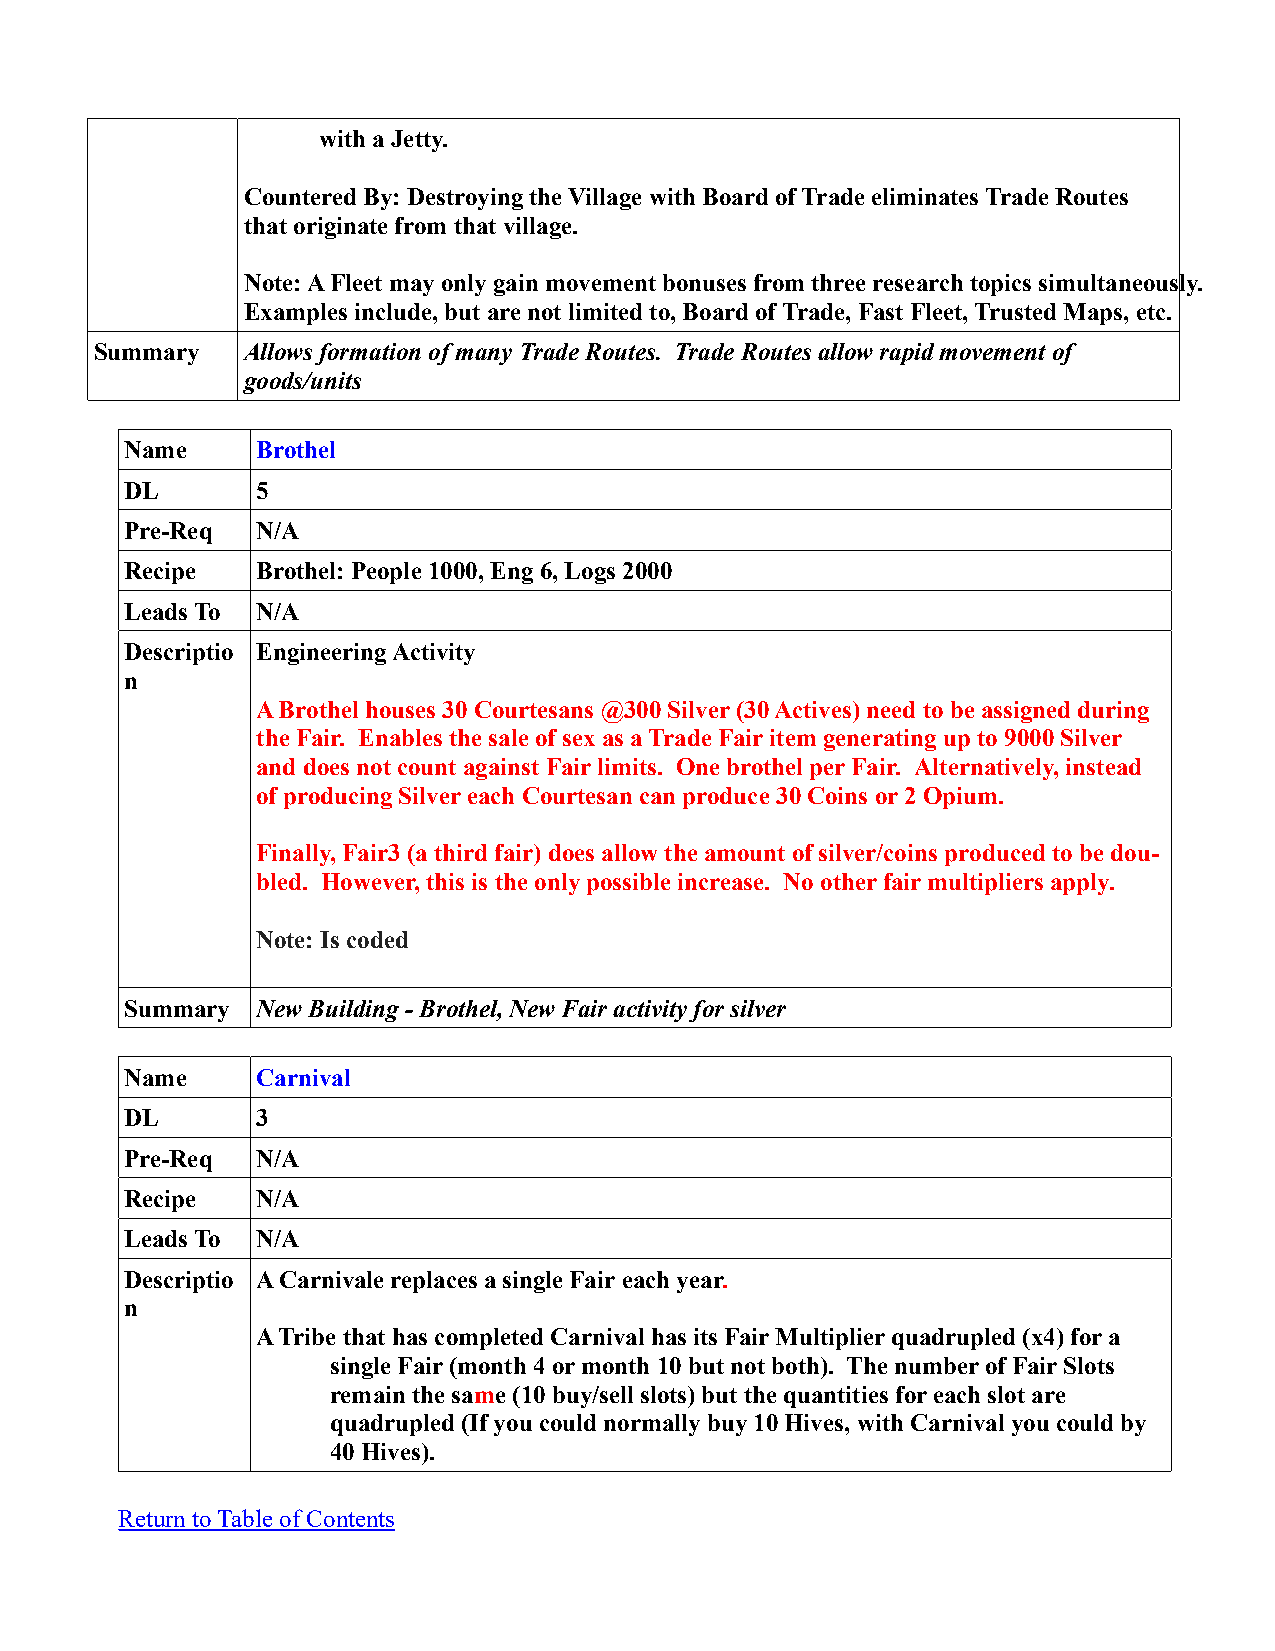
with a Jetty.
 Countered By: Destroying the Village with Board of Trade eliminates Trade Routes
 that originate from that village.
 Note: A Fleet may only gain movement bonuses from three research topics simultaneously.
 Examples include, but are not limited to, Board of Trade, Fast Fleet, Trusted Maps, etc.
 Summary   Allows formation of many Trade Routes. Trade Routes allow rapid movement of
 goods/units
 Name     Brothel
 DL       5
 Pre-Req  N/A
 Recipe   Brothel: People 1000, Eng 6, Logs 2000
 Leads To N/A
 Descriptio Engineering Activity
 n
 A Brothel houses 30 Courtesans @300 Silver (30 Actives) need to be assigned during
 the Fair. Enables the sale of sex as a Trade Fair item generating up to 9000 Silver
 and does not count against Fair limits. One brothel per Fair. Alternatively, instead
 of producing Silver each Courtesan can produce 30 Coins or 2 Opium.
 Finally, Fair3 (a third fair) does allow the amount of silver/coins produced to be dou-
 bled. However, this is the only possible increase. No other fair multipliers apply.
 Note: Is coded
 Summary  New Building - Brothel, New Fair activity for silver
 Name     Carnival
 DL       3
 Pre-Req  N/A
 Recipe   N/A
 Leads To N/A
 Descriptio A Carnivale replaces a single Fair each year.
 n
 A Tribe that has completed Carnival has its Fair Multiplier quadrupled (x4) for a
 single Fair (month 4 or month 10 but not both). The number of Fair Slots
 remain the same (10 buy/sell slots) but the quantities for each slot are
 quadrupled (If you could normally buy 10 Hives, with Carnival you could by
 40 Hives).
 Return to Table of Contents